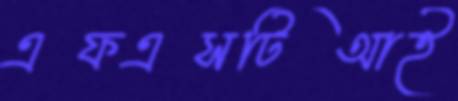
এফএসটিআই